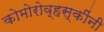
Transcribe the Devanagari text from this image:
कोमोरोव्हस्कींनी